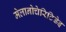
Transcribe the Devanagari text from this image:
मेलानोचेरिटिडेइ